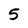
Character: 5